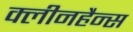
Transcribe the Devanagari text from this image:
क्लीनहैन्स